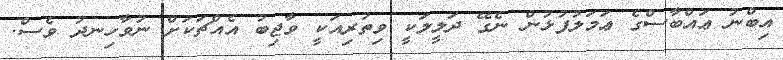
އިބްނު ޢައްބާސްގެ ޢަމަލުފުޅުން ނެގޭ ދަލީލަކީ ވިތުރިއަކީ ވާޖިބު އެއްޗަކަށް ނުވާހިނދު ވެސް.